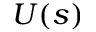
U ( s )